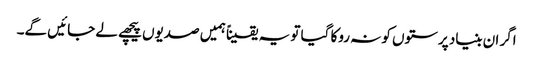
اگر ان بنیاد پرستوں کو نہ روکا گیا تو یہ یقیناً ہمیں صدیوں پیچھے لے جائیں گے۔